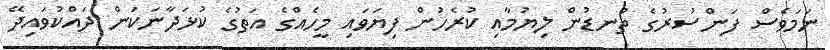
ނަމަވެސް ފަންސުރުގެ ތުނޑުން ލިޔުމާއި ކުރެހުން ފިޔަވައި މީހެއްގެ އަތުގެ ކުޅަދާނަކަން ދައްކުވައިދޭ